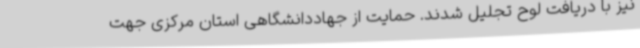
نیز با دریافت لوح تجلیل شدند. حمایت از جهاددانشگاهی استان مرکزی جهت